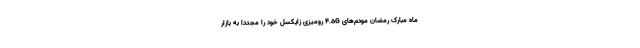
ماه مبارک رمضان مودم‌های 4.5G رومیزی زایکسل خود را مجددا به بازار